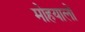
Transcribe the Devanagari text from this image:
मोहयालों